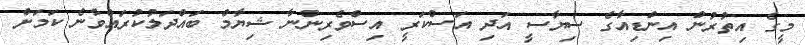
މީގެ އިތުރުން އިންޑިއާގެ ސިޔާސީ އަދި އަސްކަރީ އިސްވެރިންނާ ޝިޔާމް ބައްދަލުކުރައްވާނެ ކަމަށް